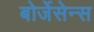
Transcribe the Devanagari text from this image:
बोर्जेसेन्स